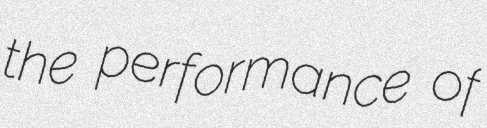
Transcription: the performance of